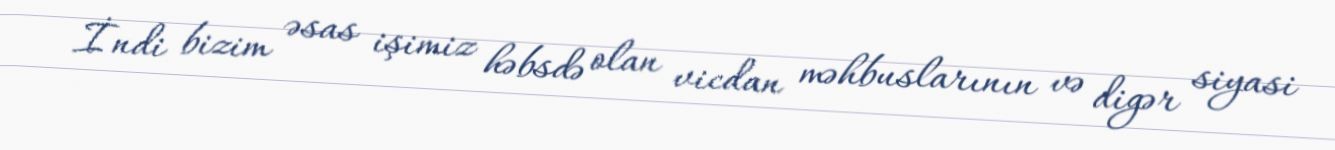
İndi bizim əsas işimiz həbsdə olan vicdan məhbuslarının və digər siyasi